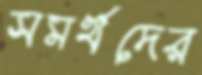
সমর্থদের